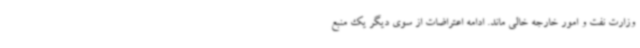
وزارت نفت و امور خارجه خالی ماند. ادامه اعتراضات از سوی دیگر یک منبع